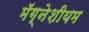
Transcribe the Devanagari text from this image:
मॅग्नेशीयम